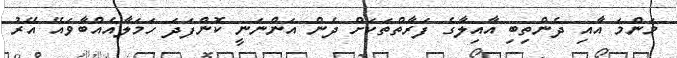
މަންމަ އާއި ދެންތިބި އާއިލާގެ ފަރާތްތަކަށް ދެން އަންނަނީ ކޮންފަދަ ހަމަލާއެއްބާވައޭ އޭރު